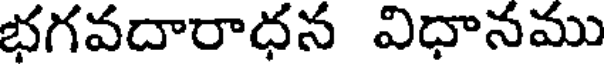
భగవదారాధన విధానము